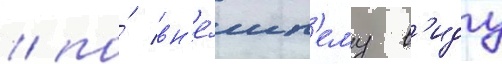
/ по́ вн'е́шн'ему в'иду